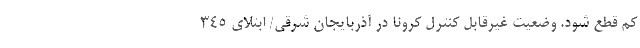
کم قطع شود. وضعیت غیرقابل کنترل کرونا در آذربایجان شرقی/ ابتلای 345